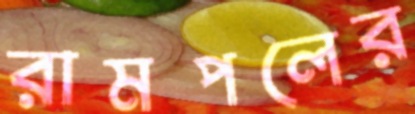
রামপলের